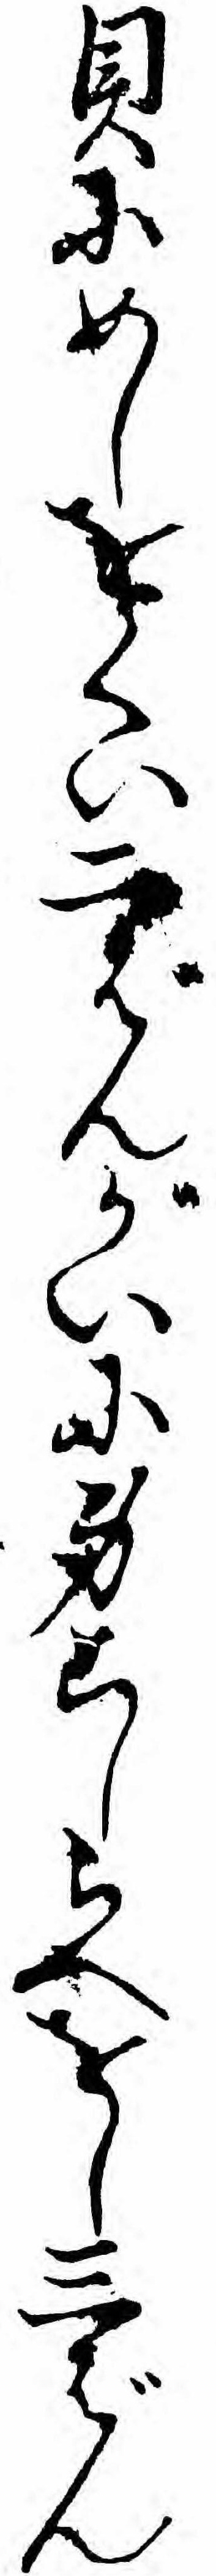
貝にめしをくい二ばんがいに身こしらへをし三ばん